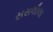
રાસલીલા